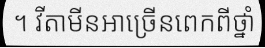
។ វីតាមីនអាច្រើនពេកពីថ្នាំ